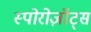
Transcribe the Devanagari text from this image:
स्पोरोज़ॉट्स